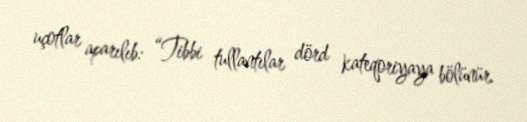
uçotlar aparılıb: “Tibbi tullantılar dörd kateqoriyaya bölünür.